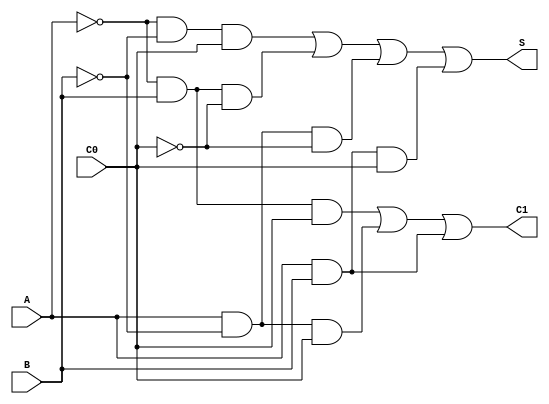
`timescale 1ns / 1ps
//////////////////////////////////////////////////////////////////////////////////
// Company: 	   UdS
// 
// Design Name:    Full adder implementation
// Module Name:    full_adder 
// Project Name:   Full adder
// Target Devices: Basys2
// Tool versions:  ISE P.68d
// Description:    Binary full adder considering two one bit input and a carry bit
//				   Output is 1 bit with a carry
// Dependencies: 
//
// Revision: 
// Revision 0.01 - File Created
// Additional Comments: 
//
//////////////////////////////////////////////////////////////////////////////////
module full_adder(
		input A,
		input B,
		input C0,
		output reg S,
		output reg C1
    );

always @(*)
begin
	S <= (~A&~B&C0)|(~A&B&~C0)|(A&~B&~C0)|(A&B&C0);
	C1 <= (~A&B&C0)|(A&~B&C0)|(A&B);
end

endmodule